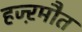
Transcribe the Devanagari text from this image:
हज्ऱमौत